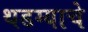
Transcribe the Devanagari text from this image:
थडग्याचे